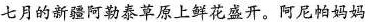
七月的新疆阿勒泰草原上鲜花盛开。阿尼帕妈妈